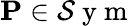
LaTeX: \mathbf{P}\in\mathcal{S}\mathrm{~y~m~}